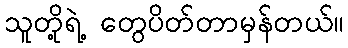
သူတို့ရဲ့ တွေပိတ်တာမှန်တယ်။